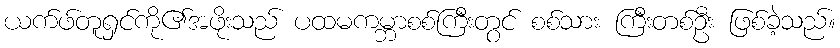
ယက်ဖ်တူရှင်ကို၏အဖိုးသည် ပထမကမ္ဘာစစ်ကြီးတွင် စစ်သား ကြီးတစ်ဦး ဖြစ်ခဲ့သည်။